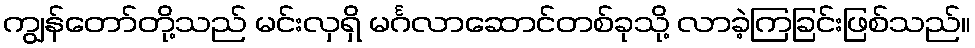
ကျွန်တော်တို့သည် မင်းလှရှိ မင်္ဂလာဆောင်တစ်ခုသို့ လာခဲ့ကြခြင်းဖြစ်သည်။